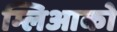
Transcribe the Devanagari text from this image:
म्लिआको